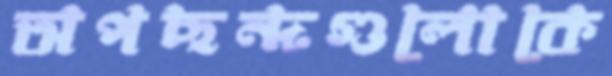
অপছন্দগুলোকে